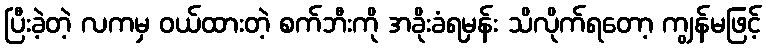
ပြီးခဲ့တဲ့ လကမှ ဝယ်ထားတဲ့ စက်ဘီးကို အခိုးခံရမှန်း သိလိုက်ရတော့ ကျွန်မဖြင့်